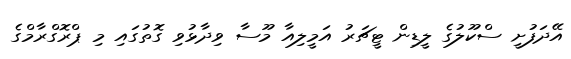
އޭދަފުށީ ސްކޫލުގެ ލީޑިން ޓީޗަރު އަމީލިއާ މޫސާ ވިދާޅުވި ގޮތުގައި މި ޕްރޮގްރާމްގެ